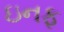
ઇનફ